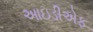
આઇડીએફ